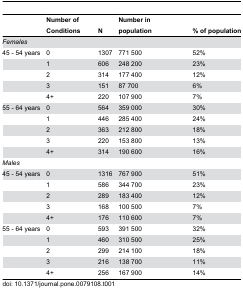
<table><thead><tr><td></td><td><b>Number of Conditions</b></td><td><b>N</b></td><td><b>Number in population</b></td><td><b>% of population</b></td></tr></thead><tbody><tr><td colspan="5"><i>Females</i></td></tr><tr><td>45 - 54 years</td><td>0</td><td>1307</td><td>771 500</td><td>52%</td></tr><tr><td></td><td>1</td><td>606</td><td>248 200</td><td>23%</td></tr><tr><td></td><td>2</td><td>314</td><td>177 400</td><td>12%</td></tr><tr><td></td><td>3</td><td>151</td><td>87 700</td><td>6%</td></tr><tr><td></td><td>4+</td><td>220</td><td>107 900</td><td>7%</td></tr><tr><td>55 - 64 years</td><td>0</td><td>564</td><td>359 000</td><td>30%</td></tr><tr><td></td><td>1</td><td>446</td><td>285 400</td><td>24%</td></tr><tr><td></td><td>2</td><td>363</td><td>212 800</td><td>18%</td></tr><tr><td></td><td>3</td><td>220</td><td>153 800</td><td>13%</td></tr><tr><td></td><td>4+</td><td>314</td><td>190 600</td><td>16%</td></tr><tr><td colspan="5"><i>Males</i></td></tr><tr><td>45 - 54 years</td><td>0</td><td>1316</td><td>767 900</td><td>51%</td></tr><tr><td></td><td>1</td><td>586</td><td>344 700</td><td>23%</td></tr><tr><td></td><td>2</td><td>289</td><td>183 400</td><td>12%</td></tr><tr><td></td><td>3</td><td>168</td><td>100 500</td><td>7%</td></tr><tr><td></td><td>4+</td><td>176</td><td>110 600</td><td>7%</td></tr><tr><td>55 - 64 years</td><td>0</td><td>593</td><td>391 500</td><td>32%</td></tr><tr><td></td><td>1</td><td>460</td><td>310 500</td><td>25%</td></tr><tr><td></td><td>2</td><td>299</td><td>214 100</td><td>18%</td></tr><tr><td></td><td>3</td><td>216</td><td>138 700</td><td>11%</td></tr><tr><td></td><td>4+</td><td>256</td><td>167 900</td><td>14%</td></tr></tbody></table>